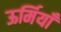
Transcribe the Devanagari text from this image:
ऊर्मियाँ